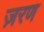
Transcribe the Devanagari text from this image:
ज़रण